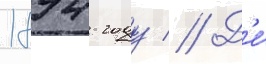
1894 году // Д'е́